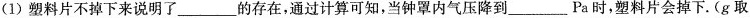
(1)塑料片不掉下来说明了_____的存在，通过计算可知，当钟罩内气压降到_____Pa时，塑料片会掉下。(g取